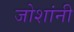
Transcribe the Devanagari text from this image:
जोशांनी